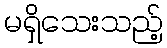
မရှိသေးသည့်